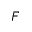
F